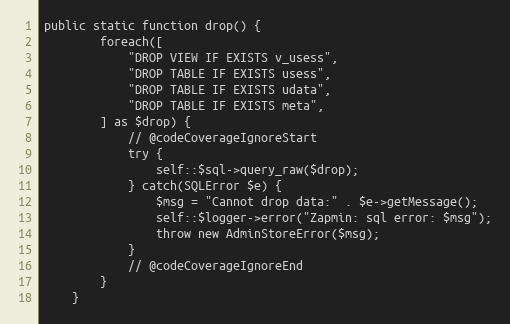
Language: PHP
public static function drop() {
		foreach([
			"DROP VIEW IF EXISTS v_usess",
			"DROP TABLE IF EXISTS usess",
			"DROP TABLE IF EXISTS udata",
			"DROP TABLE IF EXISTS meta",
		] as $drop) {
			// @codeCoverageIgnoreStart
			try {
				self::$sql->query_raw($drop);
			} catch(SQLError $e) {
				$msg = "Cannot drop data:" . $e->getMessage();
				self::$logger->error("Zapmin: sql error: $msg");
				throw new AdminStoreError($msg);
			}
			// @codeCoverageIgnoreEnd
		}
	}